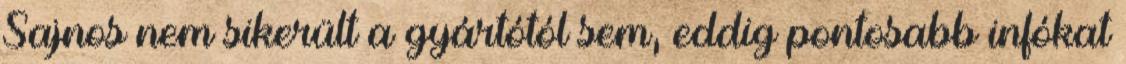
Sajnos nem sikerült a gyártótól sem, eddig pontosabb infókat